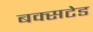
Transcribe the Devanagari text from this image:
बक्सटेड